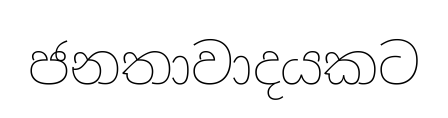
ජනතාවාදයකට